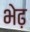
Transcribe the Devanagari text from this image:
भेढ़